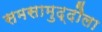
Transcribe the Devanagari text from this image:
समसामुद्दौला